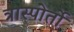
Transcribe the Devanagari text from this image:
त्रास्पोर्तो